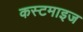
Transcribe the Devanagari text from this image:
कस्टमाइज